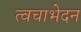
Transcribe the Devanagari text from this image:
त्वचाभेदन